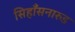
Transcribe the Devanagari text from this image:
सिहाँसनारुड